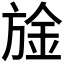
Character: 𮲙